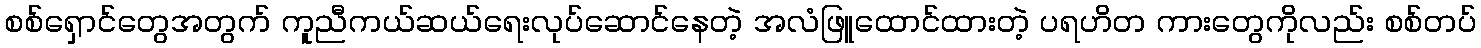
စစ်ရှောင်တွေအတွက် ကူညီကယ်ဆယ်ရေးလုပ်ဆောင်နေတဲ့ အလံဖြူထောင်ထားတဲ့ ပရဟိတ ကားတွေကိုလည်း စစ်တပ်